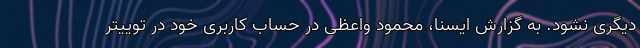
دیگری نشود. به گزارش ایسنا، محمود واعظی در حساب کاربری خود در توییتر